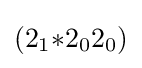
(2_{1}{*}2_{0}2_{0})